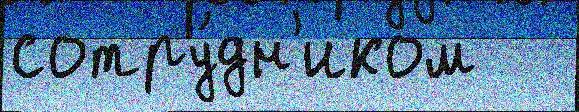
сотру́дн'иком